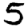
Digit: 5